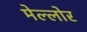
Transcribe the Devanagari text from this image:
मेल्लोर